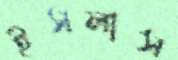
ইসলাস